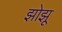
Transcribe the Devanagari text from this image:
झोझू